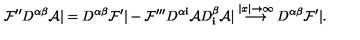
{ \cal F } ^ { \prime \prime } D ^ { \alpha \beta } { \cal A } | = D ^ { \alpha \beta } { \cal F } ^ { \prime } | - { \cal F } ^ { \prime \prime \prime } D ^ { \alpha { \mathbf i } } { \cal A } D _ { \mathbf i } ^ { \beta } { \cal A } | \stackrel { | x | \to \infty } { \longrightarrow } D ^ { \alpha \beta } { \cal F } ^ { \prime } | .